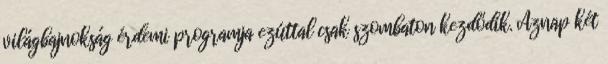
világbajnokság érdemi programja ezúttal csak szombaton kezdődik. Aznap két